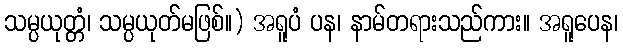
သမ္ပယုတ္တံ၊ သမ္ပယုတ်မဖြစ်။) အရူပံ ပန၊ နာမ်တရားသည်ကား။ အရူပေန၊